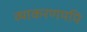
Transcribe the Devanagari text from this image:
व्याकरणमपि